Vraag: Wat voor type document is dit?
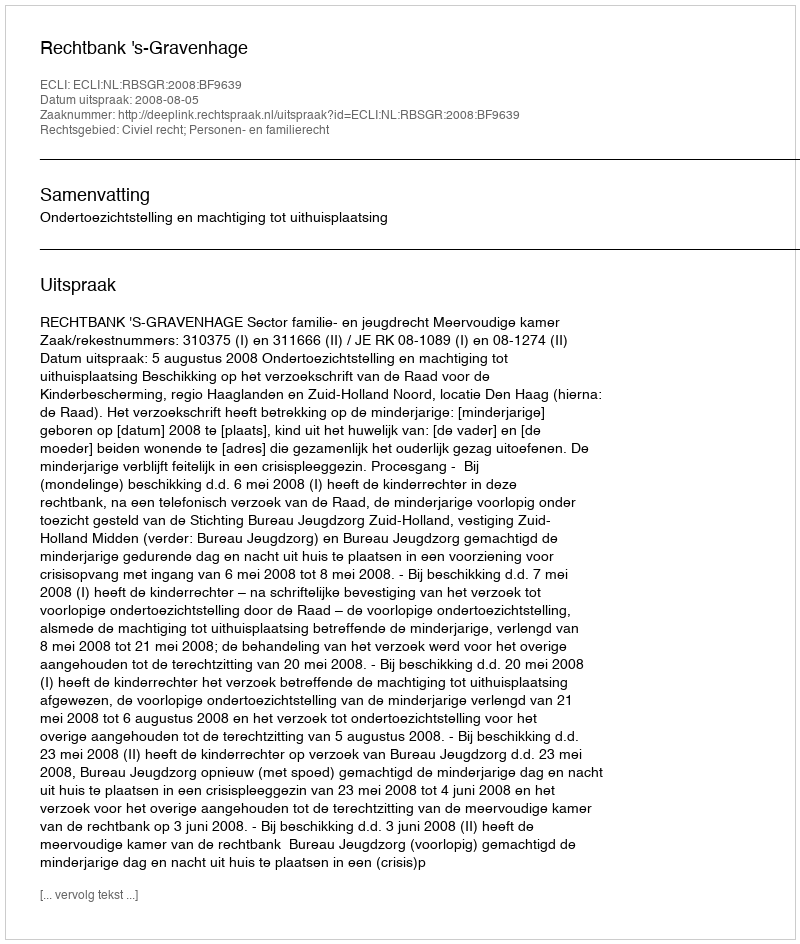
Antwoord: Uitspraak